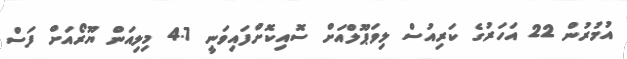
އުމުރުން 22 އަހަރުގެ ކަރިއުސް ލިވަޕޫލްއަށް ސޮއިކޮށްފައިވަނީ 4.7 މިލިއަން ޔޫރޯއަށް ފަސް